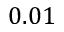
0 . 0 1